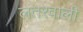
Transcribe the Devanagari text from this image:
लतरवाली